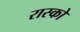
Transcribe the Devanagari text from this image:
रास्को